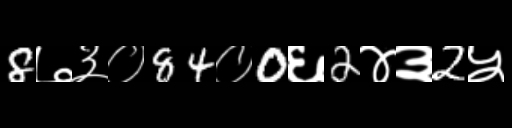
Text: 8७३०84०0६2४३2५